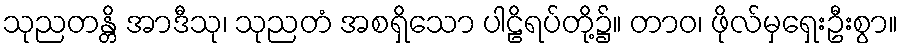
သုညတန္တိ အာဒီသု၊ သုညတံ အစရှိသော ပါဠိရပ်တို့၌။ တာဝ၊ ဖိုလ်မှရှေးဦးစွာ။